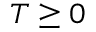
T \geq 0